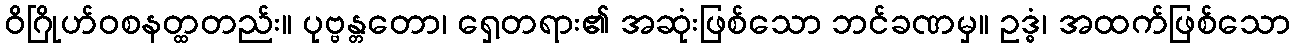
ဝိဂြိုဟ်ဝစနတ္ထတည်း။ ပုဗ္ဗန္တတော၊ ရှေ့တရား၏ အဆုံးဖြစ်သော ဘင်ခဏမှ။ ဥဒ္ဓံ၊ အထက်ဖြစ်သော